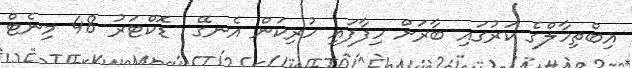
އިބްތިހާލްގެ ކަރުގައި ބާރަށް ހިފާފައި ހުރިކަން އެނގޭ  ޑޮކްޓަރު 48 މިނެޓް